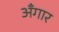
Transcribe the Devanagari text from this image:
अँगार